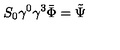
S _ { 0 } \gamma ^ { 0 } \gamma ^ { 3 } \bar { \Phi } = \tilde { \Psi }